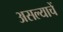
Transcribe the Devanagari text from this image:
असल्याचें